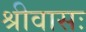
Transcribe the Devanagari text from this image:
श्रीवासः